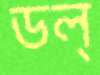
ডল্‌